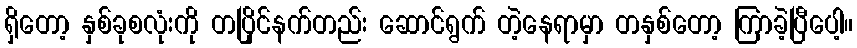
ရှိတော့ နှစ်ခုစလုံးကို တပြိုင်နက်တည်း ဆောင်ရွက် တဲ့နေရာမှာ တနှစ်တော့ ကြာခဲ့ပြီပေါ့။